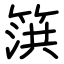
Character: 篊